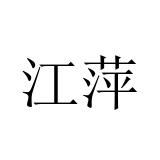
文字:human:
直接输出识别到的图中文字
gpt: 江萍